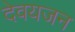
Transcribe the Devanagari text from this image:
देवयजन